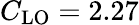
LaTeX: C_{\mathrm{LO}}=2.27